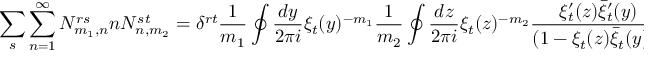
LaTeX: \sum _ { s } \sum _ { n = 1 } ^ { \infty } N _ { m _ { 1 } , n } ^ { r s } n N _ { n , m _ { 2 } } ^ { s t } = \delta ^ { r t } \frac { 1 } { m _ { 1 } } \oint \frac { d y } { 2 \pi i } \xi _ { t } ( y ) ^ { - m _ { 1 } } \frac { 1 } { m _ { 2 } } \oint \frac { d z } { 2 \pi i } \xi _ { t } ( z ) ^ { - m _ { 2 } } \frac { \xi _ { t } ^ { \prime } ( z ) \bar { \xi } _ { t } ^ { \prime } ( y ) } { ( 1 - \xi _ { t } ( z ) \bar { \xi } _ { t } ( y ) ) ^ { 2 } }